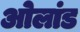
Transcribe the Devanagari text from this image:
ओलांड